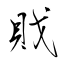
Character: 戝